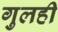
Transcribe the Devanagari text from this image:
गुलही